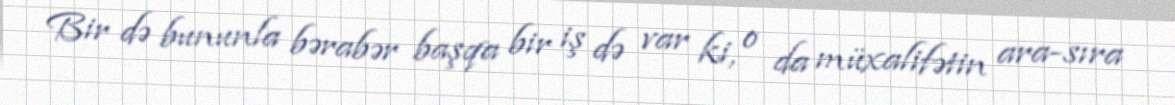
Bir də bununla bərabər başqa bir iş də var ki, o da müxalifətin ara-sıra